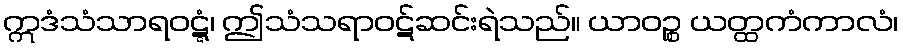
ဣဒံသံသာရဝဋ္ဋံ၊ ဤသံသရာဝဋ်ဆင်းရဲသည်။ ယာဝဉ္စ ယတ္ထကံကာလံ၊